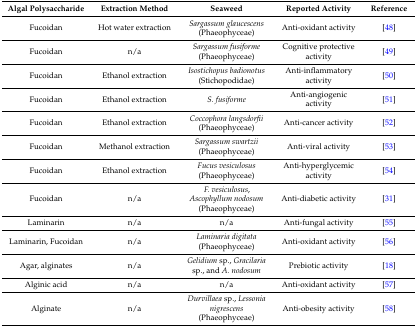
<table><thead><tr><td><b>Algal Polysaccharide</b></td><td><b>Extraction Method</b></td><td><b>Seaweed</b></td><td><b>Reported Activity</b></td><td><b>Reference</b></td></tr></thead><tbody><tr><td>Fucoidan</td><td>Hot water extraction</td><td><i>Sargassum glaucescens</i> (Phaeophyceae)</td><td>Anti-oxidant activity</td><td>[48]</td></tr><tr><td>Fucoidan</td><td>n/a</td><td><i>Sargassum fusiforme</i> (Phaeophyceae)</td><td>Cognitive protective activity</td><td>[49]</td></tr><tr><td>Fucoidan</td><td>Ethanol extraction</td><td><i>Isostichopus badionotus</i> (Stichopodidae)</td><td>Anti-inflammatory activity</td><td>[50]</td></tr><tr><td>Fucoidan</td><td>Ethanol extraction</td><td><i>S. fusiforme</i></td><td>Anti-angiogenic activity</td><td>[51]</td></tr><tr><td>Fucoidan</td><td>Ethanol extraction</td><td><i>Coccophora langsdorfii</i> (Phaeophyceae)</td><td>Anti-cancer activity</td><td>[52]</td></tr><tr><td>Fucoidan</td><td>Methanol extraction</td><td><i>Sargassum swartzii</i> (Phaeophyceae)</td><td>Anti-viral activity</td><td>[53]</td></tr><tr><td>Fucoidan</td><td>Ethanol extraction</td><td><i>Fucus vesiculosus</i> (Phaeophyceae)</td><td>Anti-hyperglycemic activity</td><td>[54]</td></tr><tr><td>Fucoidan</td><td>n/a</td><td><i>F. vesiculosus</i>, <i>Ascophyllum nodosum</i> (Phaeophyceae)</td><td>Anti-diabetic activity</td><td>[31]</td></tr><tr><td>Laminarin</td><td>n/a</td><td>n/a</td><td>Anti-fungal activity</td><td>[55]</td></tr><tr><td>Laminarin, Fucoidan</td><td>n/a</td><td><i>Laminaria digitata</i> (Phaeophyceae)</td><td>Anti-oxidant activity</td><td>[56]</td></tr><tr><td>Agar, alginates</td><td>n/a</td><td><i>Gelidium</i> sp., <i>Gracilaria</i> sp., and <i>A. nodosum</i></td><td>Prebiotic activity</td><td>[18]</td></tr><tr><td>Alginic acid</td><td>n/a</td><td>n/a</td><td>Anti-oxidant activity</td><td>[57]</td></tr><tr><td>Alginate</td><td>n/a</td><td><i>Durvillaea</i> sp., <i>Lessonia nigrescens</i> (Phaeophyceae)</td><td>Anti-obesity activity</td><td>[58]</td></tr></tbody></table>